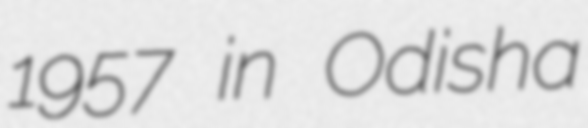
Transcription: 1957 in Odisha